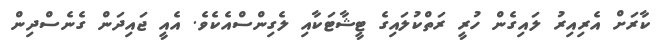
ކާރަށް އެރިއިރު ލައިގެން ހުރީ ރަތްކުލައިގެ ޓީޝާޓަކާއި ލެގިންސްއެކެވެ. އެއީ ޖައިދަން ގެނެސްދިން